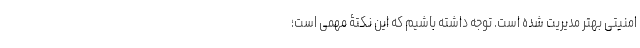
امنیتی بهتر مدیریت شده است. توجه داشته باشیم که این نکتۀ مهمی است؛